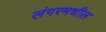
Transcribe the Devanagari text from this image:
लंगरमधील